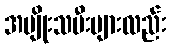
အမျိုးသမီးများလည်း